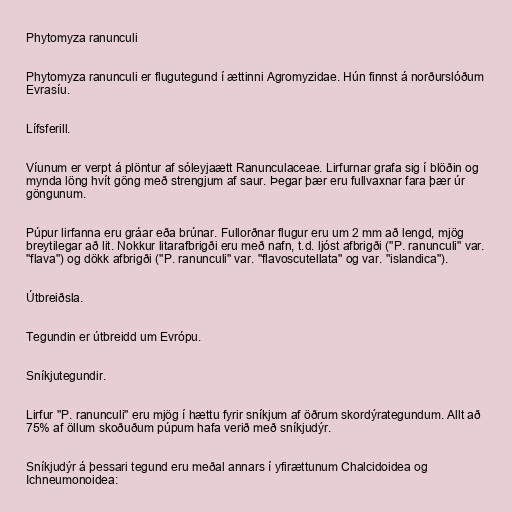
Phytomyza ranunculi

Phytomyza ranunculi er flugutegund í ættinni Agromyzidae. Hún finnst á norðurslóðum
Evrasíu.

Lífsferill.

Víunum er verpt á plöntur af sóleyjaætt Ranunculaceae. Lirfurnar grafa sig í blöðin og
mynda löng hvít göng með strengjum af saur. Þegar þær eru fullvaxnar fara þær úr
göngunum.

Púpur lirfanna eru gráar eða brúnar. Fullorðnar flugur eru um 2 mm að lengd, mjög
breytilegar að lit. Nokkur litarafbrigði eru með nafn, t.d. ljóst afbrigði ("P. ranunculi" var.
"flava") og dökk afbrigði ("P. ranunculi" var. "flavoscutellata" og var. "islandica").

Útbreiðsla.

Tegundin er útbreidd um Evrópu.

Sníkjutegundir.

Lirfur "P. ranunculi" eru mjög í hættu fyrir sníkjum af öðrum skordýrategundum. Allt að
75% af öllum skoðuðum púpum hafa verið með sníkjudýr.

Sníkjudýr á þessari tegund eru meðal annars í yfirættunum Chalcidoidea og
Ichneumonoidea: